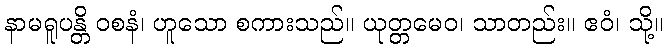
နာမရူပန္တိ ဝစနံ၊ ဟူသော စကားသည်။ ယုတ္တမေဝ၊ သာတည်း။ ဧဝံ၊ သို့။